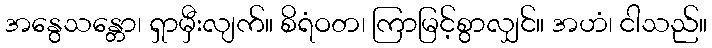
အနွေသန္တော၊ ရှာမှီးလျက်။ စိရံဝတ၊ ကြာမြင့်စွာလျှင်။ အဟံ၊ ငါသည်။